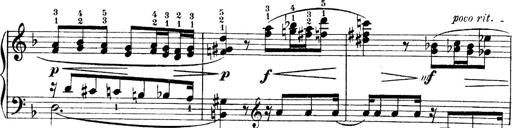
Title: 4 Sonatines
Composer: Max Reger